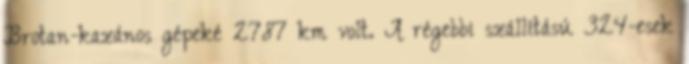
Brotan-kazános gépeké 2787 km volt. A régebbi szállítású 324-esek